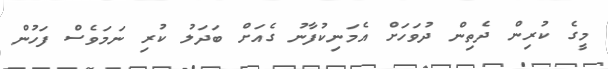
މީގެ ކުރިން ދެތިން ދުވަހަށް އެމަނިކުފާނު ގެއަށް ބަދަލު ކުރި ނަމަވެސް ފަހުން